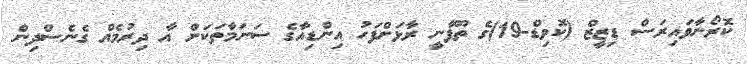
ކޮރޯނާވައިރަސް ޑިޒީޒް (ކޮވިޑް-19)ގެ ތޫފާނީ ރާޅަށްފަހު އިންޑިއާގެ ސަނަމާތަކަށް އާ ދިރުމެއް ގެނެސްދިން